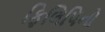
ફિલિપિનો